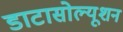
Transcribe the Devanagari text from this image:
डाटासोल्यूशन